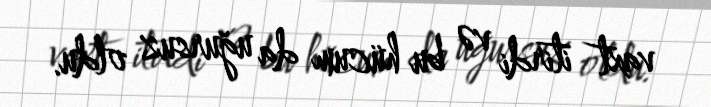
vaxt itirdi və bu hücum da uğursuz oldu.